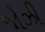
જોઝી